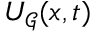
U _ { \mathcal { G } } ( x , t )